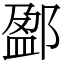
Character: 𨜏